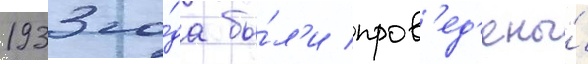
1933 го́да бы́л'и пров'ед'ены́